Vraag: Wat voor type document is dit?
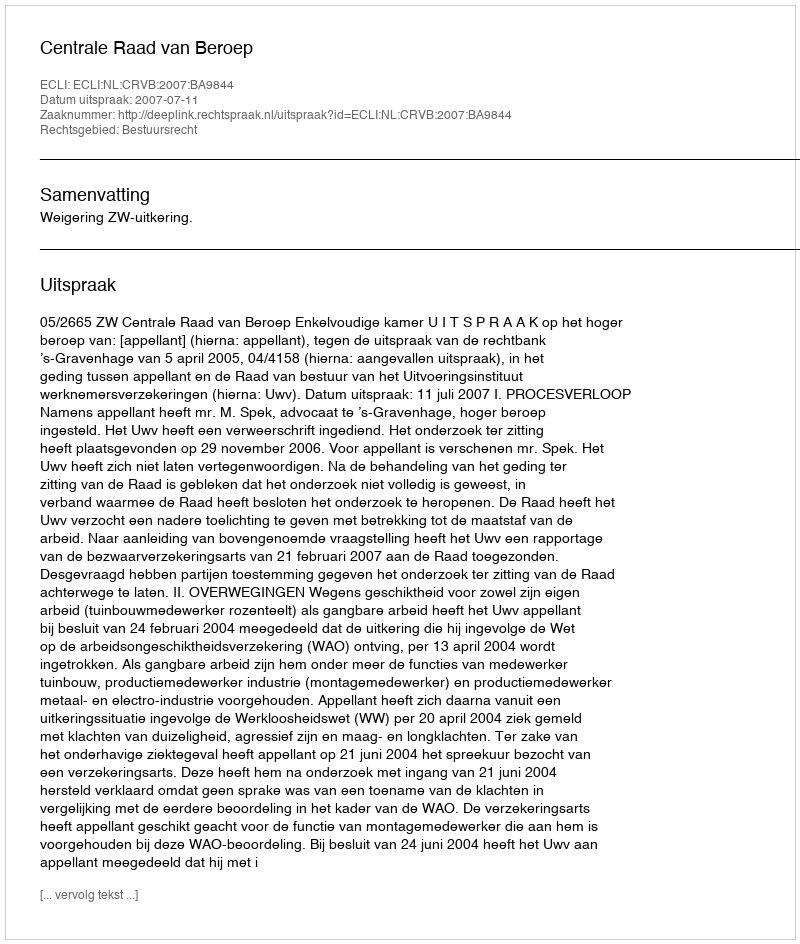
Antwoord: Uitspraak